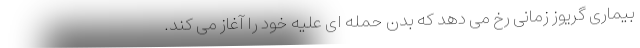
بیماری گریوز زمانی رخ می دهد که بدن حمله ای علیه خود را آغاز می کند.